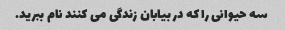
سه حیوانی را که در بیابان زندگی می کنند نام ببرید.